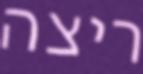
ריצה